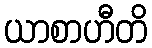
ယာစာဟီတိ